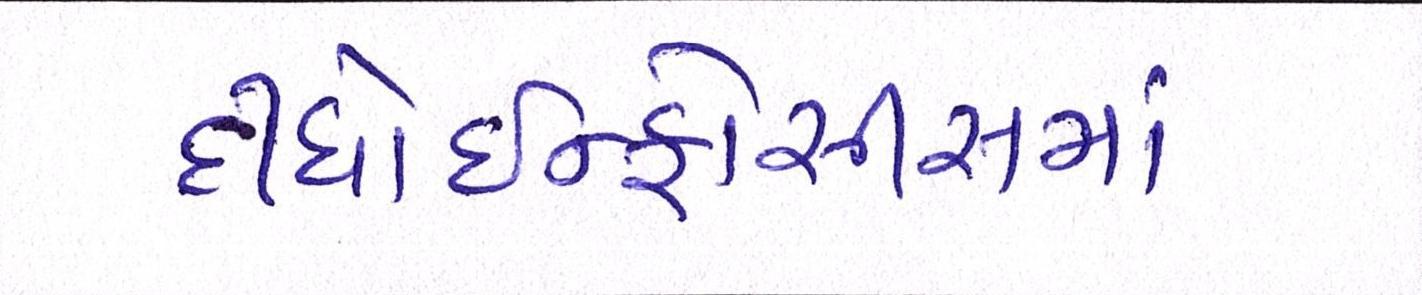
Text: દીધોઇન્ફોસીસમાં